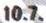
10.7.